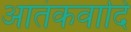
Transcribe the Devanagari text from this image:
आतंकवादि